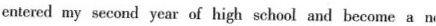
entered my second year of high school and become a n